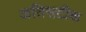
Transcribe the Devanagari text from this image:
अतिसटीक